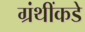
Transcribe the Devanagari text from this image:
ग्रंथींकडे